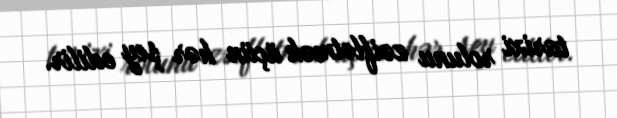
tarixi rolunu zəiflətmək üçün hər şey edilir.